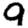
Digit: 9